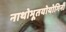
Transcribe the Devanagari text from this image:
नाथोभूतयोयोगिनी